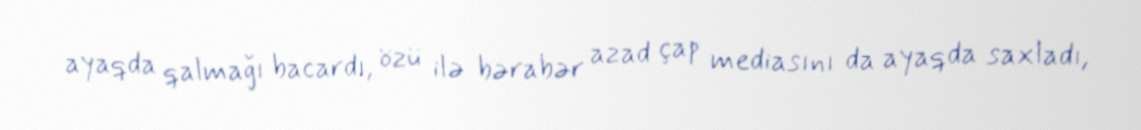
ayaqda qalmağı bacardı, özü ilə bərabər azad çap mediasını da ayaqda saxladı,